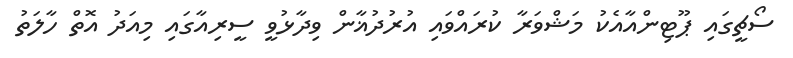
ސޯޗީގައި ޕޫޓިންއާއެކު މަޝްވަރާ ކުރައްވައި އުރުދުޣާން ވިދާޅުވީ ސީރިއާގައި މިއަދު އޮތް ހާލަތު